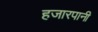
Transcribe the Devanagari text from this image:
हजारपानी